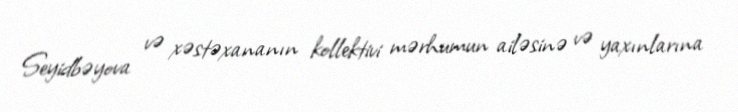
Seyidbəyova və xəstəxananın kollektivi mərhumun ailəsinə və yaxınlarına